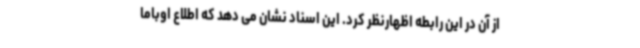
از آن در این رابطه اظهارنظر کرد. این اسناد نشان می دهد که اطلاع اوباما